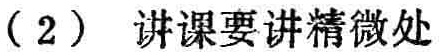
（2）讲课要讲精微处